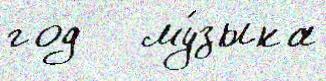
год   му́зыка